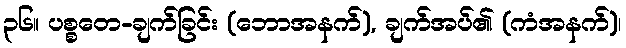
၃၆။ ပစ္စတေ-ချက်ခြင်း (ဘောအနက်), ချက်အပ်၏ (ကံအနက်)၊